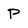
Character: P